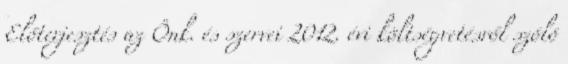
Előterjesztés az Önk. és szervei 2012. évi költségvetésről szóló